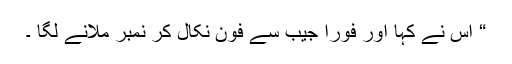
“ اس نے کہا اور فوراً جیب سے فون نکال کر نمبر ملانے لگا ۔